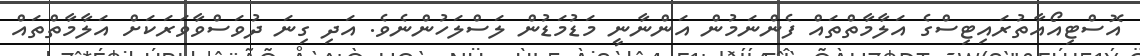
އޮސްޓިއޯއާތުރައިޓިސްގެ އަލާމާތްތައް ފެންނަމުން އަންނާނީ މަޑުމަޑުން ލަސްލަހުންނެވެ. އަދި ގިނަ ދުވަސްވާވަރަކަށް އަލާމާތްތައް